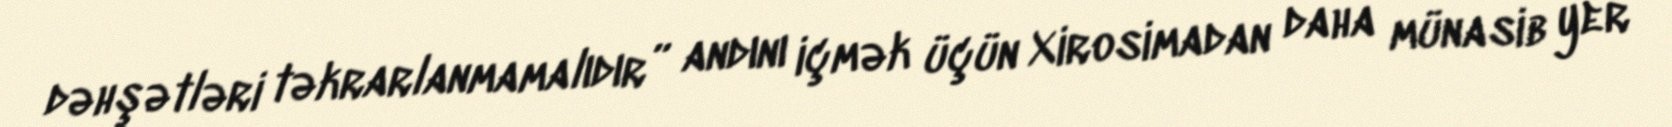
dəhşətləri təkrarlanmamalıdır” andını içmək üçün Xirosimadan daha münasib yer